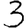
Digit: 3